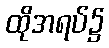
ထိုအရပ်၌